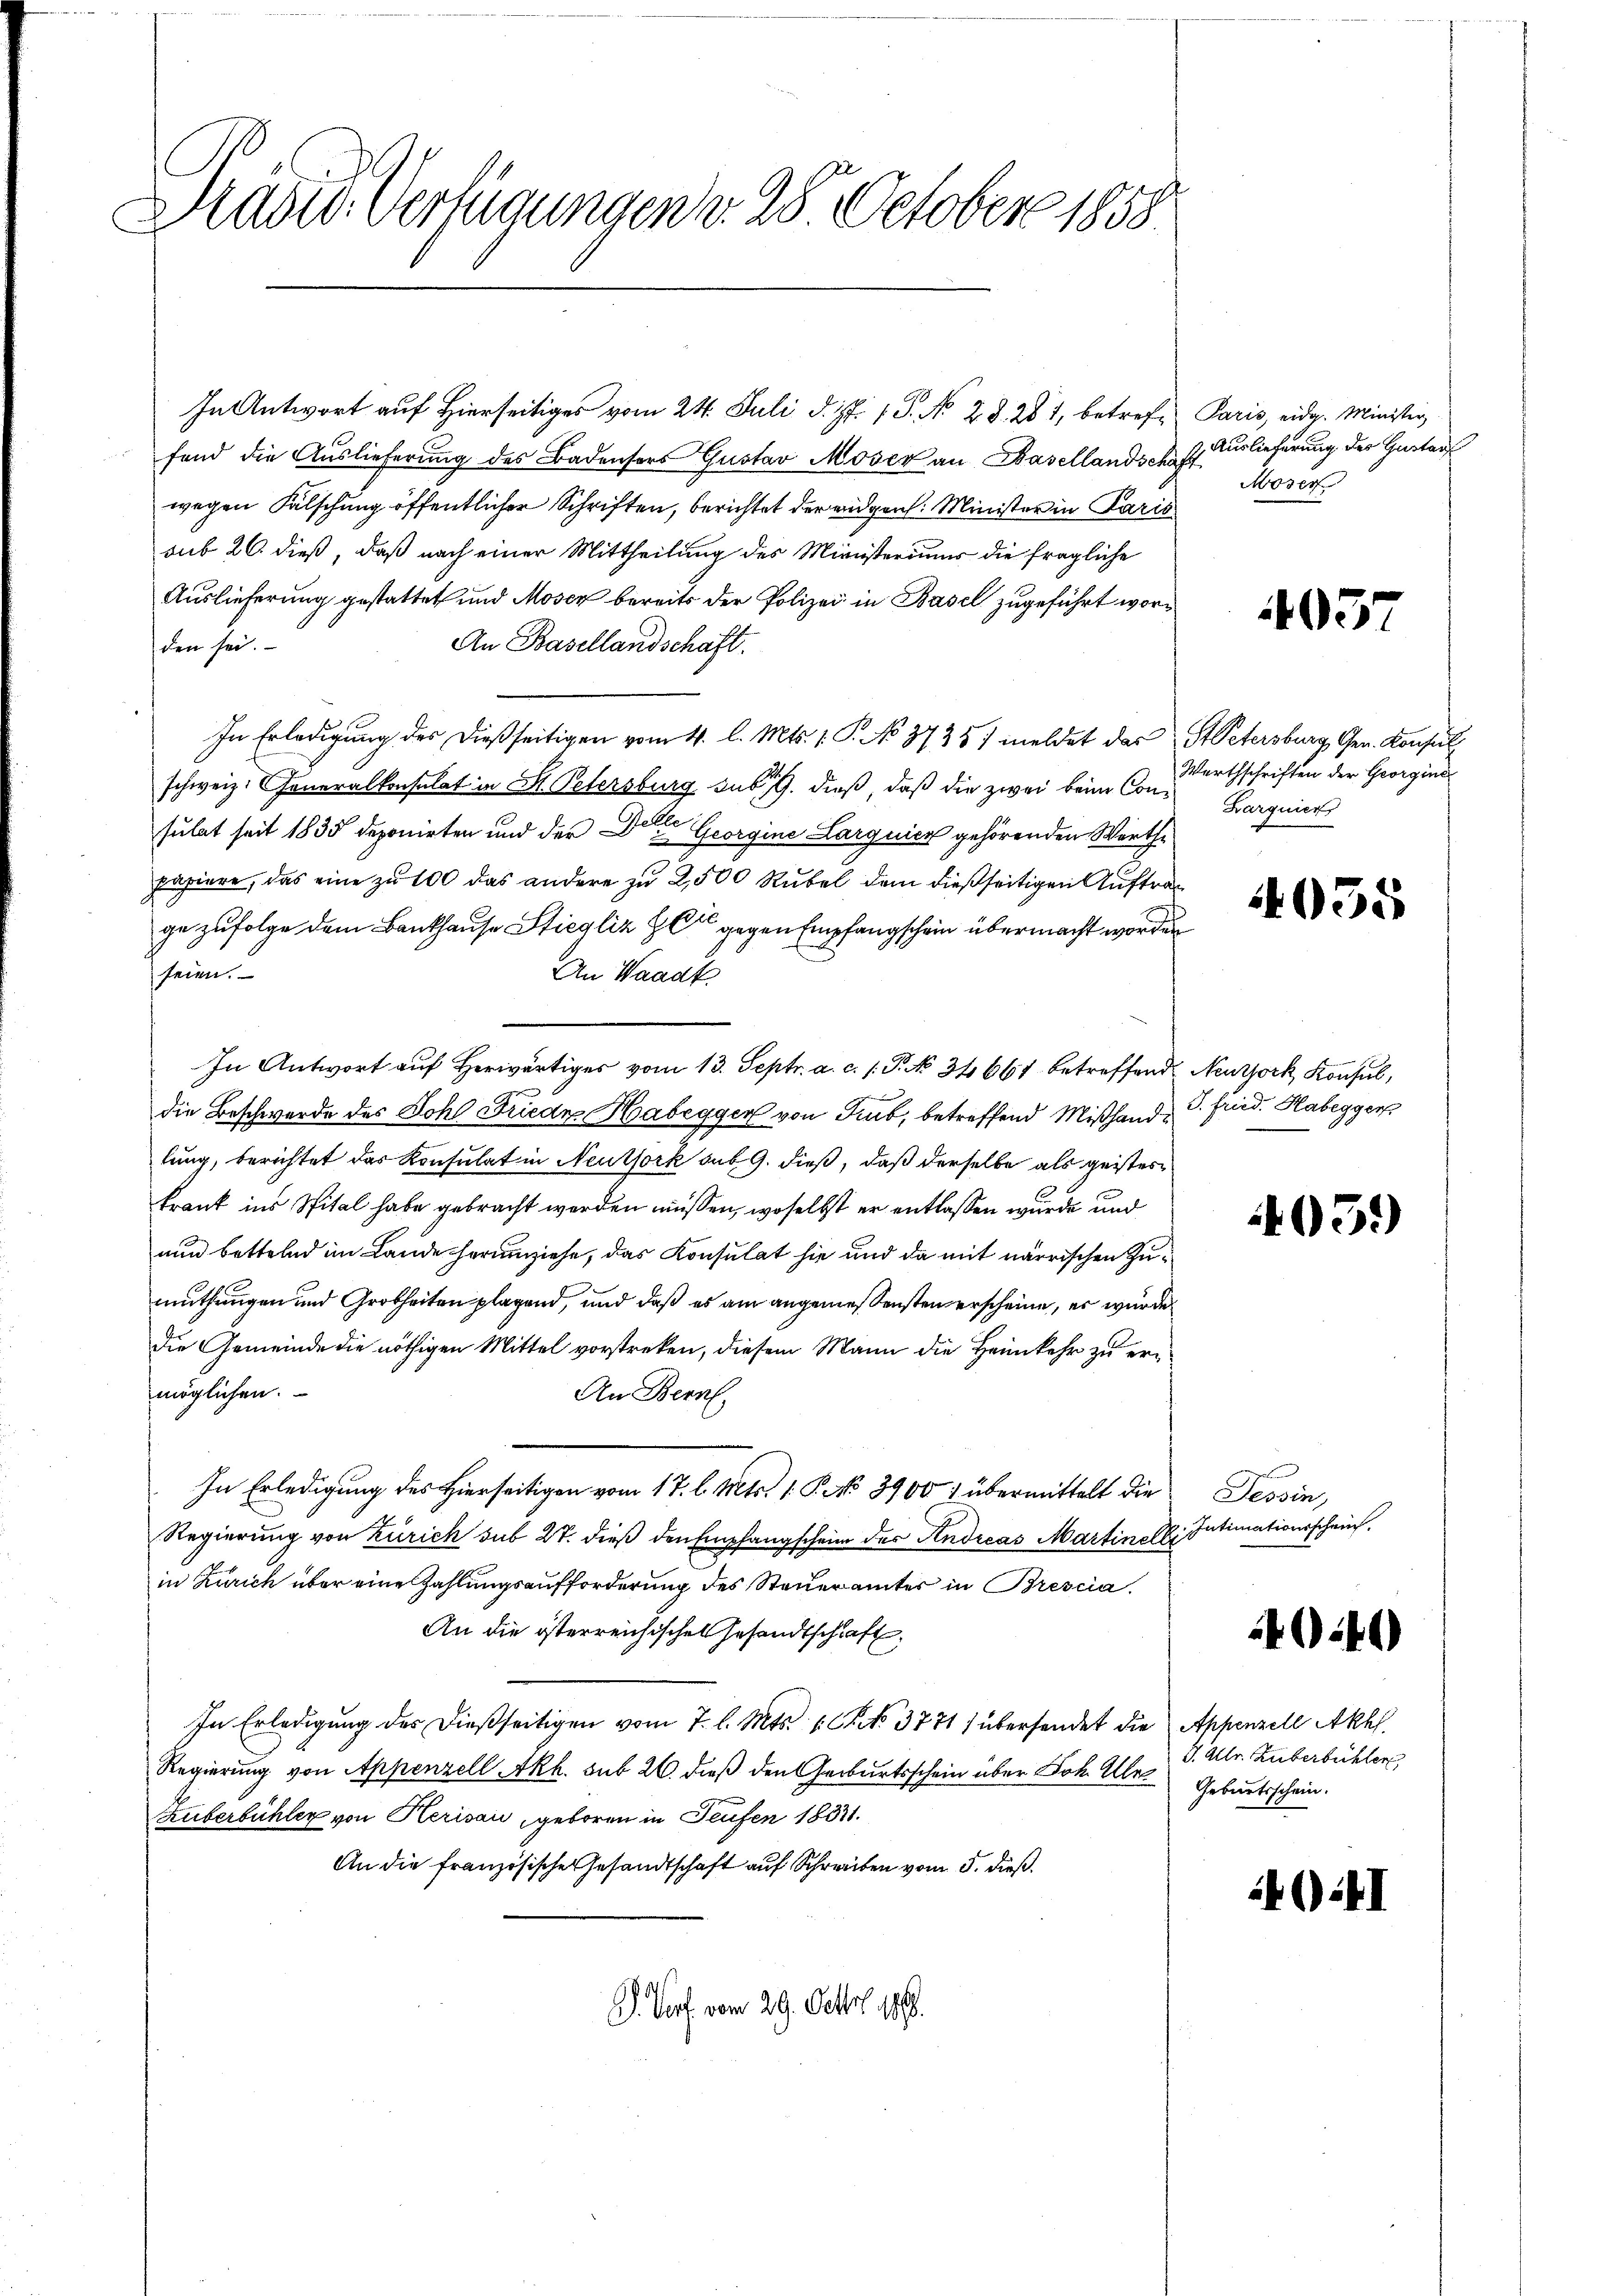
Präsid. Verfügungen v. 28. October 1858

In Antwort auf Hierseitiges vom 24. Juli d. Js. 1. No 23. 281, betreffond die Auslieferung des Badensers Gustav Moser an Basellandsche
wegen Fälschung öffentlicher Schriften, berichtet der eidgen. Minister in Paris
sub 26. dieß, daß nach einer Mittheilung des Ministeriums die fragliche
Auslieferung gestattet und Moser bereits der Polizei in Basel zugeführt wor¬
An Basellandschaft.
den sei.
In Erledigung des dießseitigen vom 4. l. Mts. 1. P. No 3735) meldet das
schweiz. Generalkonsulat in St. Petersburg sub 19. dieß, daß die zwei beim Cons-Borgnier
sulat seit 1835 deponirten und der Georgine Largnicz gehörenden Werthe
papiere, das eine zu 100 das andere zu 2,500 Rubel dem dießseitigen Auftrage zufolge dem Bankhause Stiegliz & Cie gegen Empfangschein übermacht worde
seien.
An Waadts
In Antwort auf herwärtiges vom 13. Septr. a. c. s. P. No 34661 betreffend Neutock, Konsul,
die Beschwerde des Dohl Friede Habegger von Turb, betreffend Mißhande Fried. Habegger
lung, berichtet das Konsulat in Neuthork sub. 9. dieß, daß derselbe als geisteskrank ins Spital habe gebracht werden müssen, woselbst er entlassen wurde und
und bettelnd im Lande herumziehe, das Konsulat hie und da mit närrischen Zumuthungen und Grobheiten plagend, und daß es am angemessensten erscheine, er wurde
die Gemeinde die nöthigen Mittel vorstreken, diesem Mann die Heimkehr zu ermöglichen.
An Bern,
In Erledigung des Hierseitigen vom 17. l. Mts. 1. P. No 3900) übermittelt die
Regierung von Zürich sub 27. dieß den Empfangschein des Andreas Martinell
in Zürich über eine Zahlungsaufforderung des Steueramtes in Brescia¬
An die österreichischen Gesandtschaft,
In Erledigung des dießseitigen vom 7. l. Mts. 1. No. 3771) übersendet die Appenzell Akhl.
Regierung von Appenzell Akh. sub 26. dieß den Geburtsschein über Joh. Abe
Huberbühler von Herisau, geboren in Teufen 1831.
An die französischer Gesandtschaft auf Schreiben vom 5. dieß
V. Porf. vom 29. Octbr. 189.

Paris, eidg. Minister.
& Auslieferung des Gustan
.
Moser

493

St Petersburg Gen. Konsul
Werthschriften der Georgine

4035

03.)

401)

4

Tessin,
v. Intimationsschein.

)

J. Allr. Zuberbüchler
Geburtsschein.